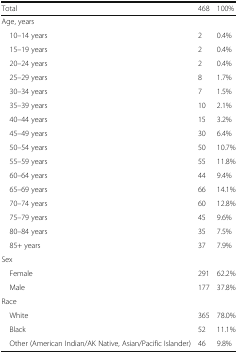
| Total | 468 | 100% |
 | --- | --- | --- |
 | <COLSPAN=3> Age, years |
 | 10–14 years | 2 | 0.4% |
 | 15–19 years | 2 | 0.4% |
 | 20–24 years | 2 | 0.4% |
 | 25–29 years | 8 | 1.7% |
 | 30–34 years | 7 | 1.5% |
 | 35–39 years | 10 | 2.1% |
 | 40–44 years | 15 | 3.2% |
 | 45–49 years | 30 | 6.4% |
 | 50–54 years | 50 | 10.7% |
 | 55–59 years | 55 | 11.8% |
 | 60–64 years | 44 | 9.4% |
 | 65–69 years | 66 | 14.1% |
 | 70–74 years | 60 | 12.8% |
 | 75–79 years | 45 | 9.6% |
 | 80–84 years | 35 | 7.5% |
 | 85+ years | 37 | 7.9% |
 | <COLSPAN=3> Sex |
 | Female | 291 | 62.2% |
 | Male | 177 | 37.8% |
 | <COLSPAN=3> Race |
 | White | 365 | 78.0% |
 | Black | 52 | 11.1% |
 | Other (American Indian/AK Native, Asian/Pacific Islander) | 46 | 9.8% |